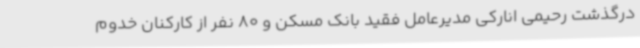
درگذشت رحیمی انارکی مدیرعامل فقید بانک مسکن و 80 نفر از کارکنان خدوم